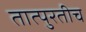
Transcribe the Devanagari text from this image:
तात्पुरतीच